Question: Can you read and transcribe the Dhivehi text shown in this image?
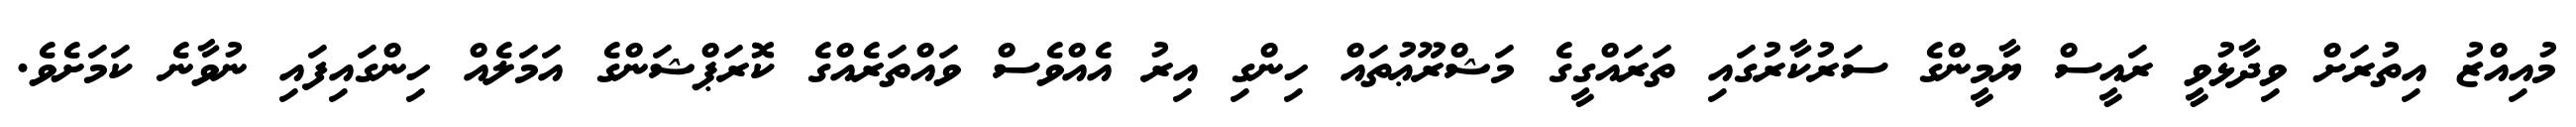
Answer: މުއިއްޒު އިތުރަށް ވިދާޅުވީ ރައީސް ޔާމީންގެ ސަރުކާރުގައި ތަރައްގީގެ މަޝްރޫޢުތައް ހިންގި އިރު އެއްވެސް ވައްތަރެއްގެ ކޮރަޕްޝަންގެ އަމަލެއް ހިންގައިފައި ނުވާނެ ކަމަށެވެ.